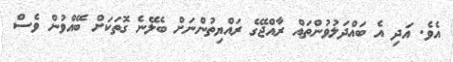
އެވެ. އަދި އެ ބައްދަލުވުންތައް ރާއްޖޭގެ ރައްޔިތުންނަށް ބެލޭނެ ގޮތަކަށް ބޭއްވުން ވެސް